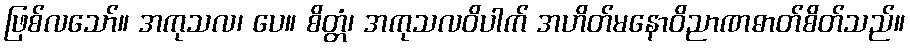
ဖြစ်လသော်။ အကုသလ၊ ပေ။ စိတ္တံ၊ အကုသလဝိပါက် အဟိတ်မနောဝိညာဏဓာတ်စိတ်သည်။